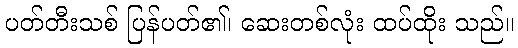
ပတ်တီးသစ် ပြန်ပတ်၏၊ ဆေးတစ်လုံး ထပ်ထိုး သည်။